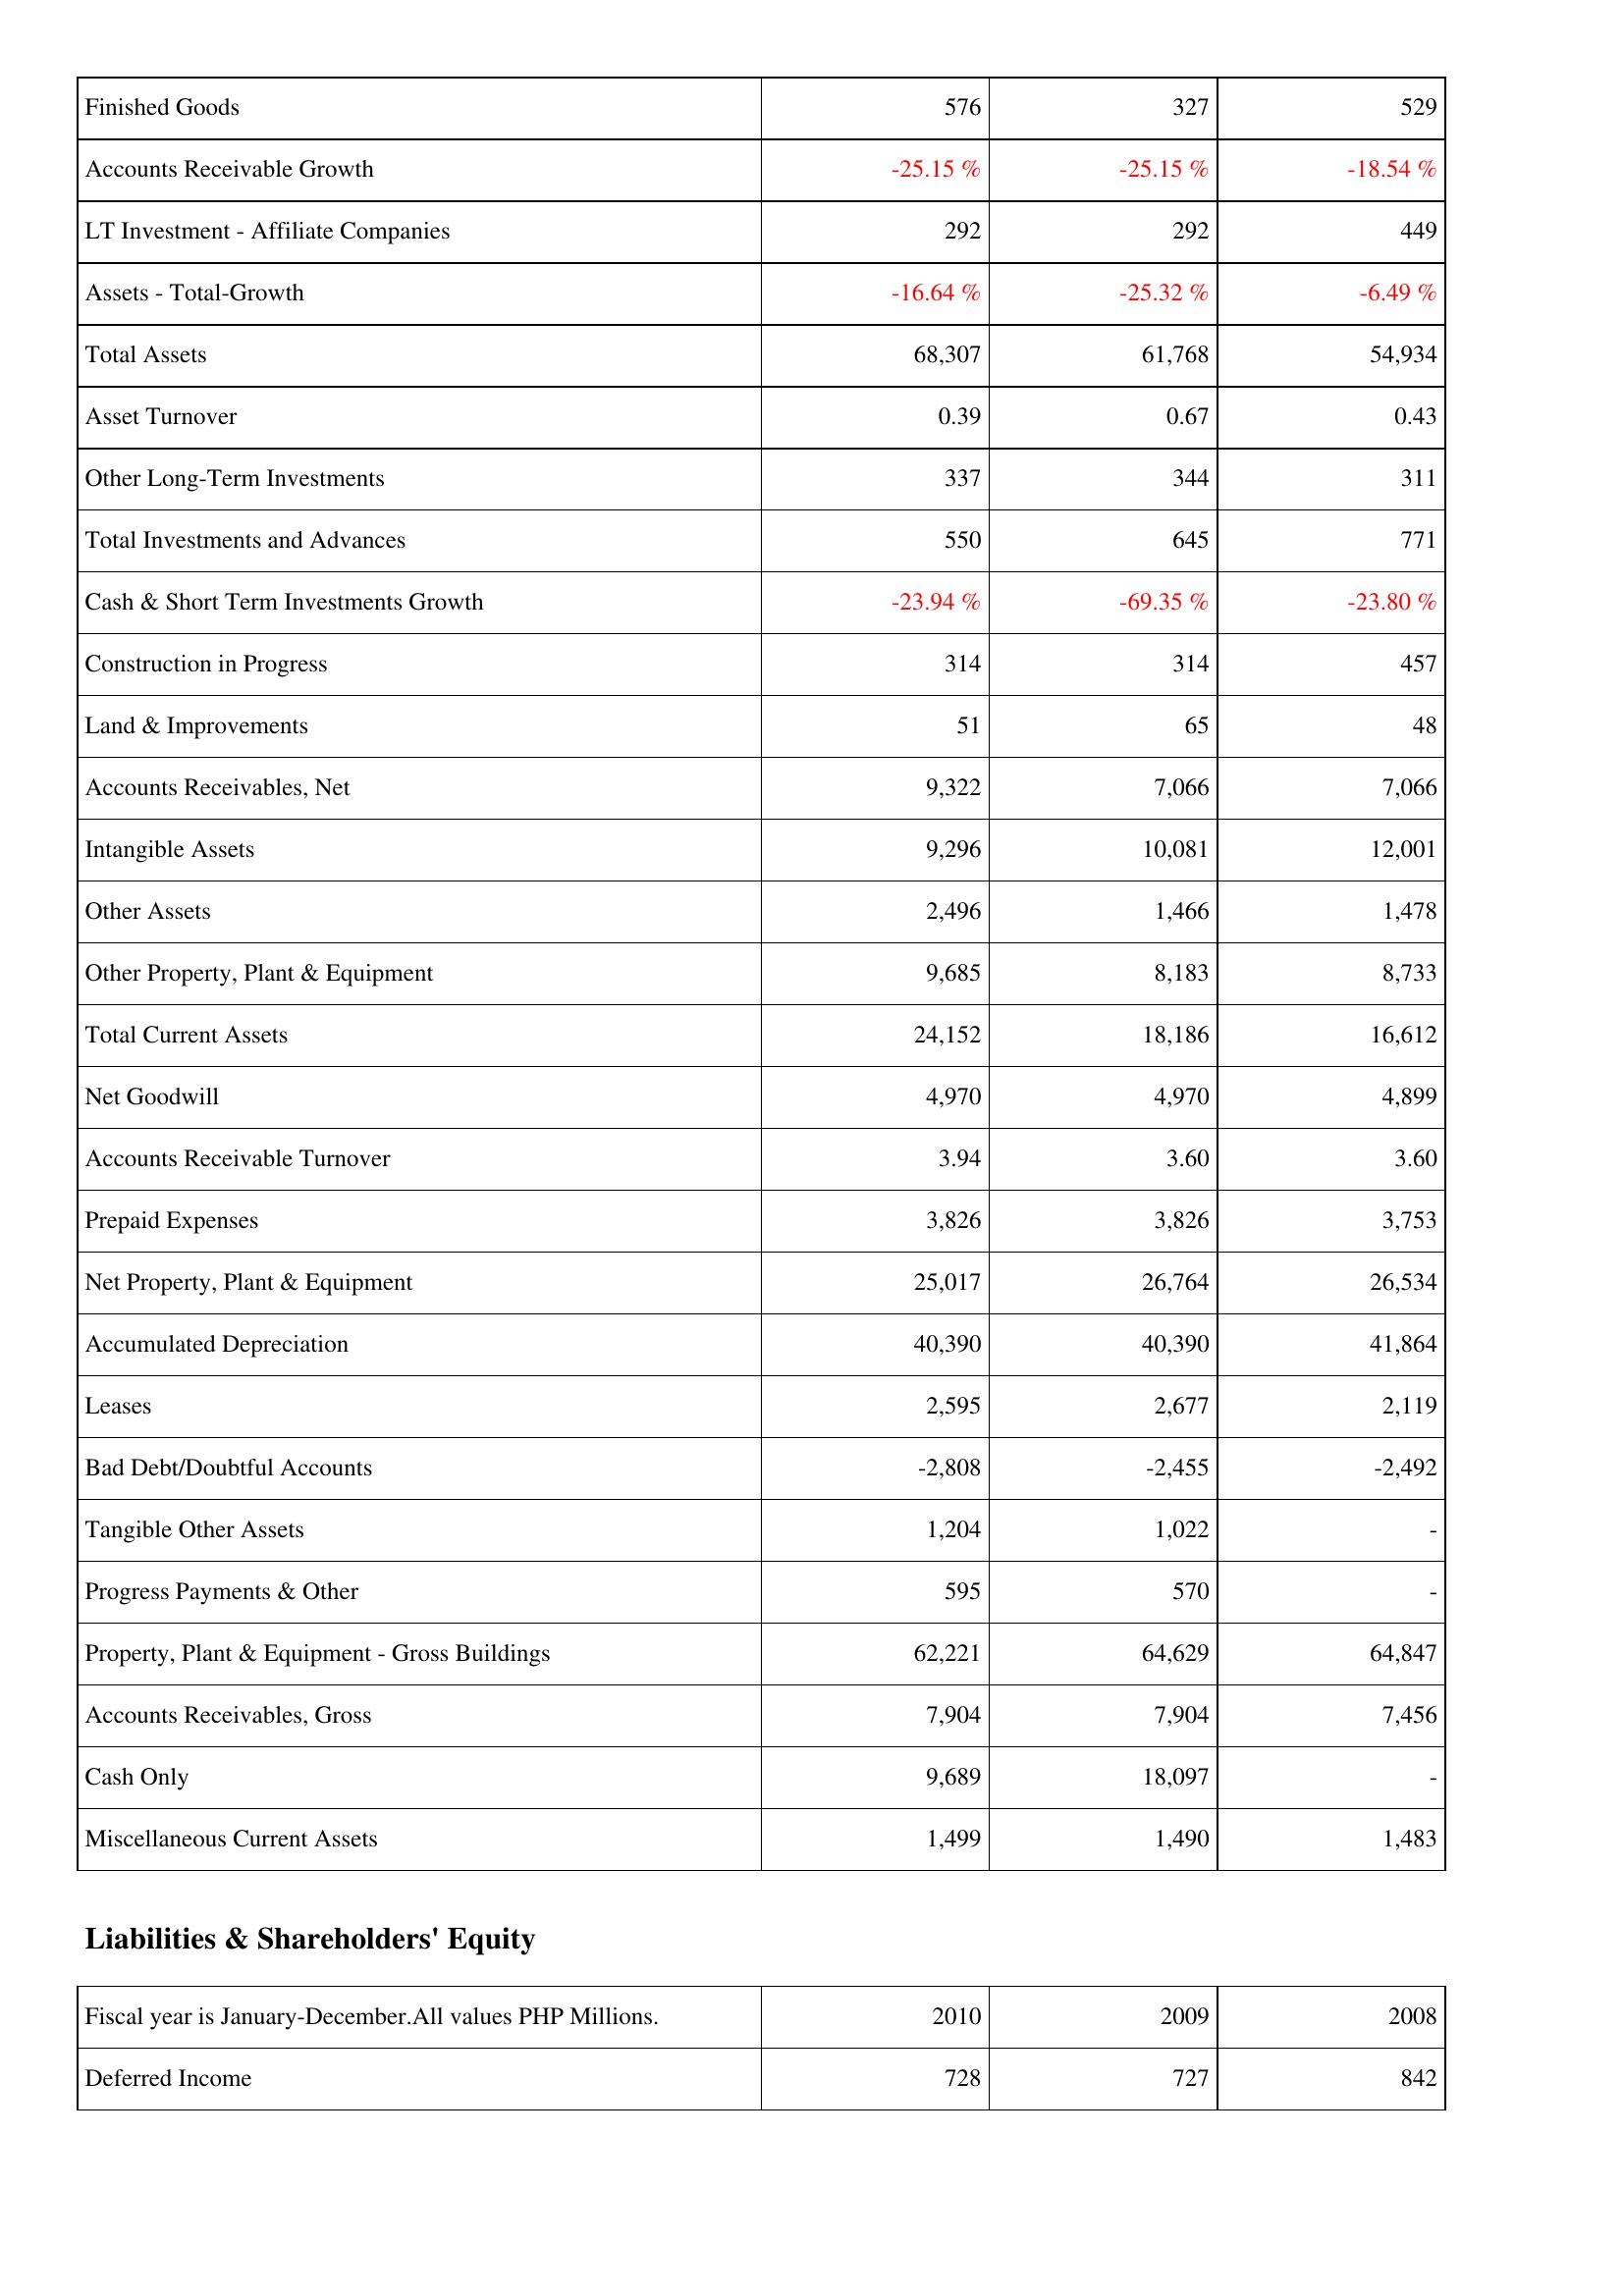
2010: Assets: Finished Goods: 576
Accounts Receivable Growth: -25.15 %
LT Investment - Affiliate Companies: 292
Assets - Total-Growth: -16.64 %
Total Assets: 68,307
Asset Turnover: 0.39
Other Long-Term Investments: 337
Total Investments and Advances: 550
Cash & Short Term Investments Growth: -23.94 %
Construction in Progress: 314
Land & Improvements: 51
Accounts Receivables, Net: 9,322
Intangible Assets: 9,296
Other Assets: 2,496
Other Property, Plant & Equipment: 9,685
Total Current Assets: 24,152
Net Goodwill: 4,970
Accounts Receivable Turnover: 3.94
Prepaid Expenses: 3,826
Net Property, Plant & Equipment: 25,017
Accumulated Depreciation: 40,390
Leases: 2,595
Bad Debt/Doubtful Accounts: -2,808
Tangible Other Assets: 1,204
Progress Payments & Other: 595
Property, Plant & Equipment - Gross Buildings: 62,221
Accounts Receivables, Gross: 7,904
Cash Only: 9,689
Miscellaneous Current Assets: 1,499
Liabilities & Shareholders' Equity: Deferred Income: 728
2009: Assets: Finished Goods: 327
Accounts Receivable Growth: -25.15 %
LT Investment - Affiliate Companies: 292
Assets - Total-Growth: -25.32 %
Total Assets: 61,768
Asset Turnover: 0.67
Other Long-Term Investments: 344
Total Investments and Advances: 645
Cash & Short Term Investments Growth: -69.35 %
Construction in Progress: 314
Land & Improvements: 65
Accounts Receivables, Net: 7,066
Intangible Assets: 10,081
Other Assets: 1,466
Other Property, Plant & Equipment: 8,183
Total Current Assets: 18,186
Net Goodwill: 4,970
Accounts Receivable Turnover: 3.60
Prepaid Expenses: 3,826
Net Property, Plant & Equipment: 26,764
Accumulated Depreciation: 40,390
Leases: 2,677
Bad Debt/Doubtful Accounts: -2,455
Tangible Other Assets: 1,022
Progress Payments & Other: 570
Property, Plant & Equipment - Gross Buildings: 64,629
Accounts Receivables, Gross: 7,904
Cash Only: 18,097
Miscellaneous Current Assets: 1,490
Liabilities & Shareholders' Equity: Deferred Income: 727
2008: Assets: Finished Goods: 529
Accounts Receivable Growth: -18.54 %
LT Investment - Affiliate Companies: 449
Assets - Total-Growth: -6.49 %
Total Assets: 54,934
Asset Turnover: 0.43
Other Long-Term Investments: 311
Total Investments and Advances: 771
Cash & Short Term Investments Growth: -23.80 %
Construction in Progress: 457
Land & Improvements: 48
Accounts Receivables, Net: 7,066
Intangible Assets: 12,001
Other Assets: 1,478
Other Property, Plant & Equipment: 8,733
Total Current Assets: 16,612
Net Goodwill: 4,899
Accounts Receivable Turnover: 3.60
Prepaid Expenses: 3,753
Net Property, Plant & Equipment: 26,534
Accumulated Depreciation: 41,864
Leases: 2,119
Bad Debt/Doubtful Accounts: -2,492
Tangible Other Assets: -
Progress Payments & Other: -
Property, Plant & Equipment - Gross Buildings: 64,847
Accounts Receivables, Gross: 7,456
Cash Only: -
Miscellaneous Current Assets: 1,483
Liabilities & Shareholders' Equity: Deferred Income: 842